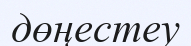
дөңестеу